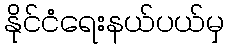
နိုင်ငံရေးနယ်ပယ်မှ